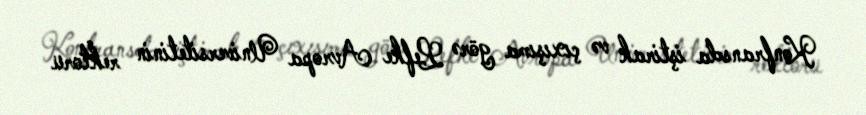
Konfransda iştirak və çıxışıma görə Lefke Avropa Universitetinin rektoru